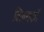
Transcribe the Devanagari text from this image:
विलयकों